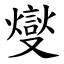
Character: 燮